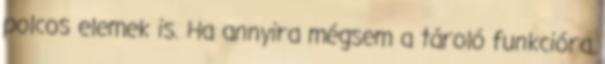
polcos elemek is. Ha annyira mégsem a tároló funkcióra